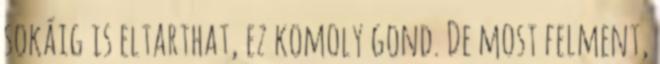
sokáig is eltarthat, ez komoly gond. De most felment,